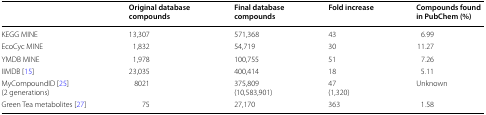
<table><thead><tr><td></td><td><b>Original database compounds</b></td><td><b>Final database compounds</b></td><td><b>Fold increase</b></td><td><b>Compounds found in PubChem (%)</b></td></tr></thead><tbody><tr><td>KEGG MINE</td><td>13,307</td><td>571,368</td><td>43</td><td>6.99</td></tr><tr><td>EcoCyc MINE</td><td>1,832</td><td>54,719</td><td>30</td><td>11.27</td></tr><tr><td>YMDB MINE</td><td>1,978</td><td>100,755</td><td>51</td><td>7.26</td></tr><tr><td>IIMDB [15]</td><td>23,035</td><td>400,414</td><td>18</td><td>5.11</td></tr><tr><td>MyCompoundID [25](2 generations)</td><td>8021</td><td>375,809(10,583,901)</td><td>47(1,320)</td><td>Unknown</td></tr><tr><td>Green Tea metabolites [27]</td><td>75</td><td>27,170</td><td>363</td><td>1.58</td></tr></tbody></table>